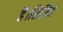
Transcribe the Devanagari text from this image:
है।सिमित